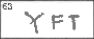
Transcription: YFT